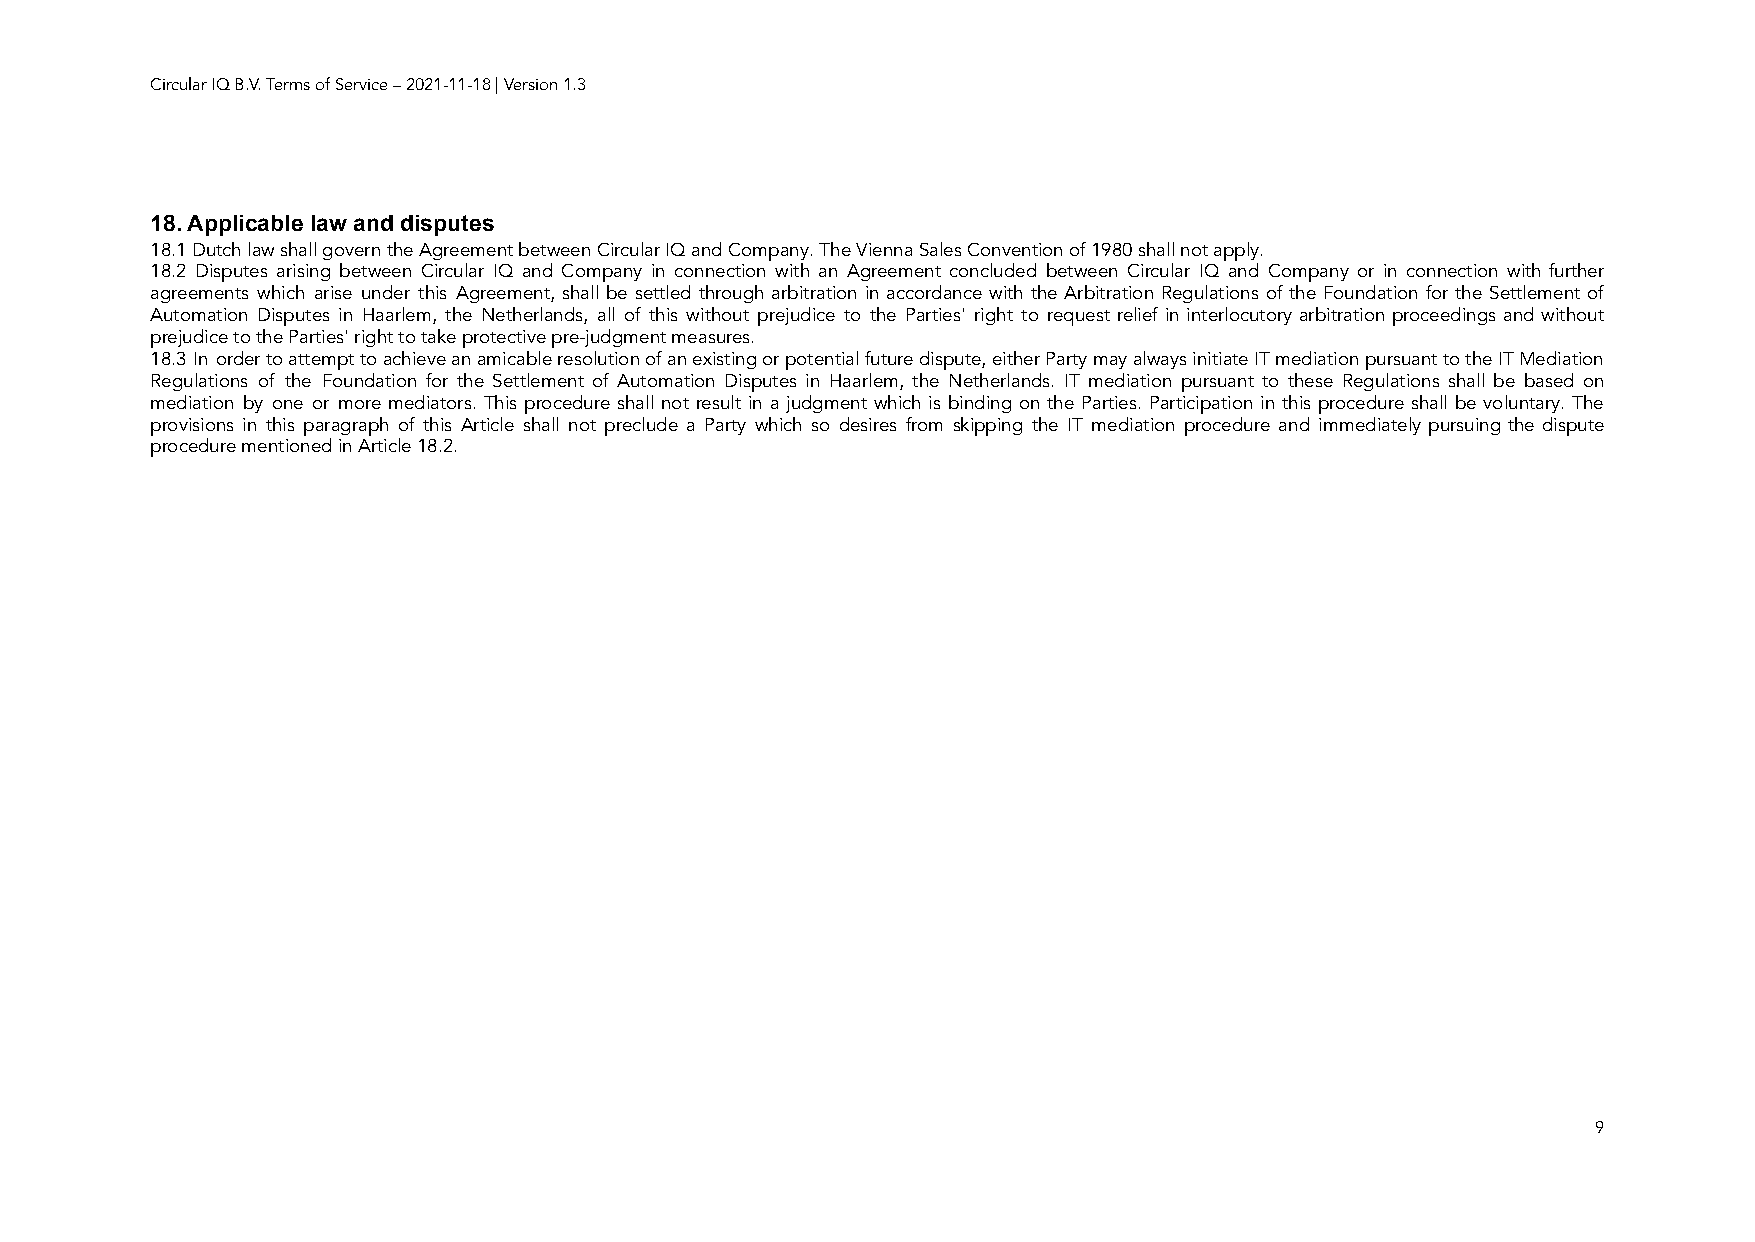
Circular IQ B.V. Terms of Service – 2021-11-18 | Version 1.3
 18. Applicable law and disputes
 18.1 Dutch law shall govern the Agreement between Circular IQ and Company. The Vienna Sales Convention of 1980 shall not apply.
 18.2 Disputes arising between Circular IQ and Company in connection with an Agreement concluded between Circular IQ and Company or in connection with further
 agreements which arise under this Agreement, shall be settled through arbitration in accordance with the Arbitration Regulations of the Foundation for the Settlement of
 Automation Disputes in Haarlem, the Netherlands, all of this without prejudice to the Parties' right to request relief in interlocutory arbitration proceedings and without
 prejudice to the Parties' right to take protective pre-judgment measures.
 18.3 In ordertoattempttoachieveanamicableresolutionofanexistingorpotentialfuturedispute,eitherPartymayalwaysinitiateITmediationpursuanttotheITMediation
 Regulations of the Foundation for the Settlement of Automation Disputes in Haarlem, the Netherlands. IT mediation pursuant to these Regulations shall be based on
 mediation by one or more mediators. This procedure shall not result in a judgment which is binding on the Parties. Participation in this procedure shall be voluntary. The
 provisions in this paragraph of this Article shall not preclude a Party which so desires from skipping the IT mediation procedure and immediately pursuing the dispute
 procedure mentioned in Article 18.2.
 9